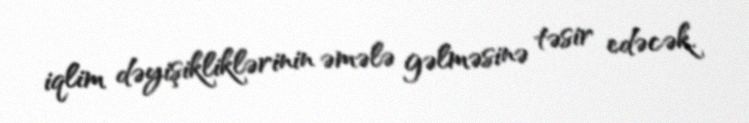
iqlim dəyişikliklərinin əmələ gəlməsinə təsir edəcək.